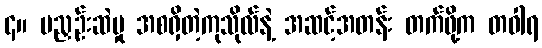
၄။ မညှဉ်းဆဲမှု အစရှိတဲ့ကုသိုလ်နဲ့ အဆင့်အတန်း တက်ဖို့က တဝါရ